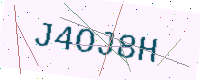
Text: J4OJ8H